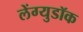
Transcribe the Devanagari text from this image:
लेंग्युडॉक